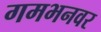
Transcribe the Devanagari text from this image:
गमभनवर